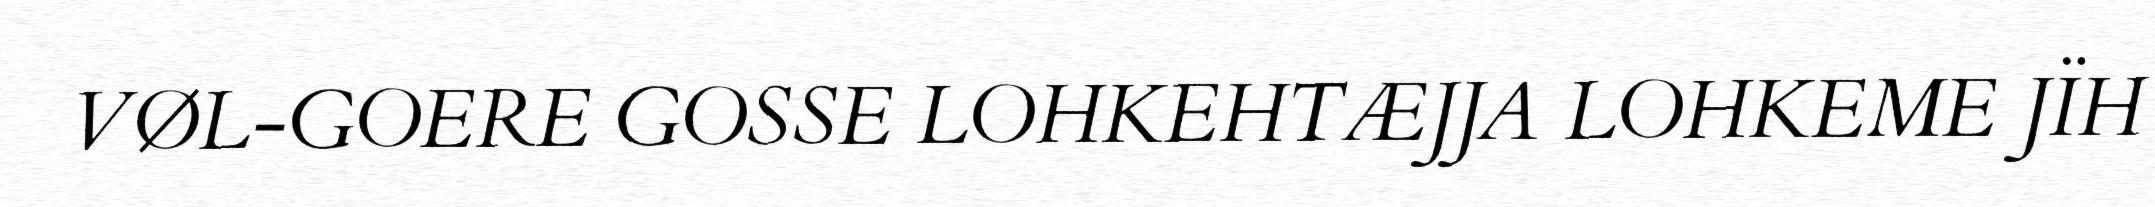
VØL-GOERE GOSSE LOHKEHTÆJJA LOHKEME JÏH